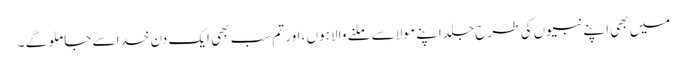
میں بھی اپنے نبیوں کی طرح جلد اپنے مولا سے ملنے والا ہوں ،اور تم سب بھی ایک دن خدا سے جا ملو گے ۔